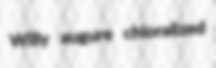
Willy augure chloralized